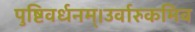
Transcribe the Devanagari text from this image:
पुष्टिवर्धनम्।उर्वारुकमिव